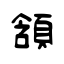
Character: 頷